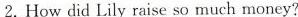
2. How did Lily raise so much money?